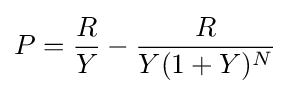
P={\frac {R}{Y}}-{\frac {R}{Y(1+Y)^{N}}}